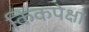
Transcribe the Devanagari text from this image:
किकपेक्षा